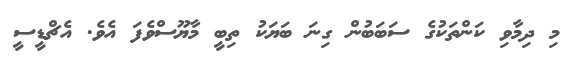
މި ދިމާވި ކަންތަކުގެ ސަބަބުން ގިނަ ބަޔަކު ތިބީ މާޔޫސްވެފަ އެވެ. އެޗްޑީސީ